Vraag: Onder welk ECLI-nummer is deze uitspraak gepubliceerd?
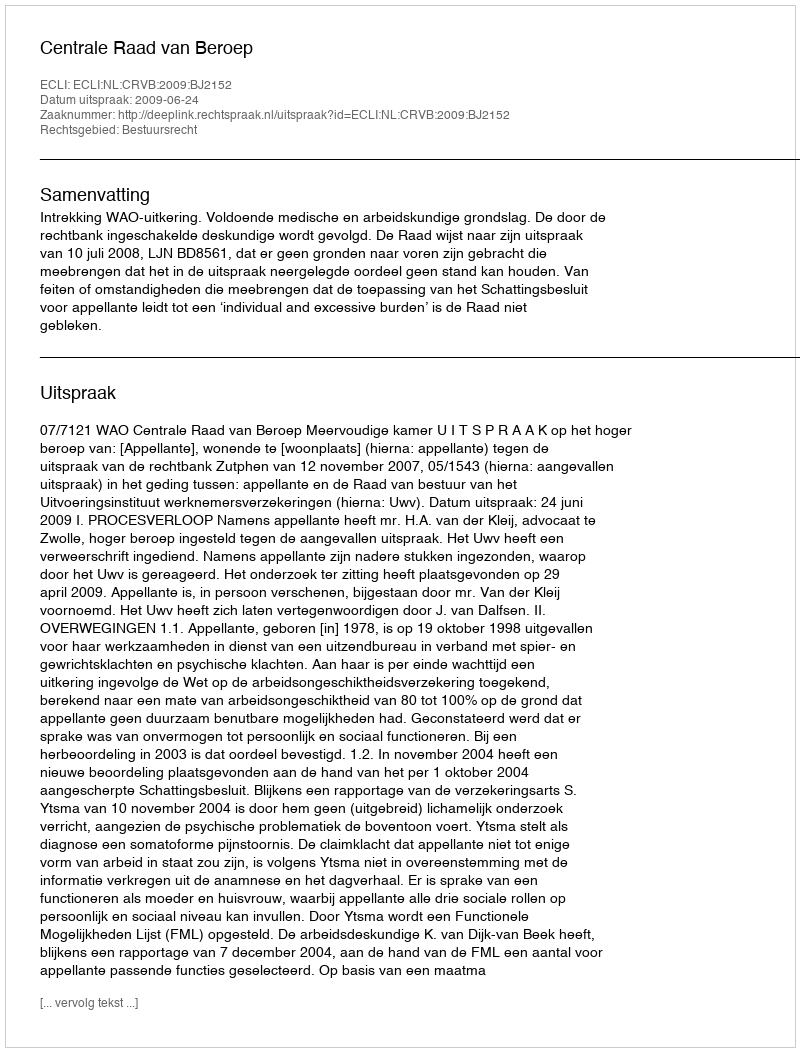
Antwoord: ECLI:NL:CRVB:2009:BJ2152